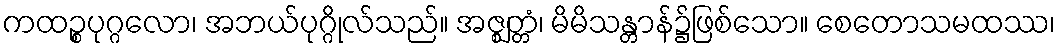
ကထဉ္စပုဂ္ဂလော၊ အဘယ်ပုဂ္ဂိုလ်သည်။ အဇ္ဈတ္တံ၊ မိမိသန္တာန်၌ဖြစ်သော။ စေတောသမထဿ၊